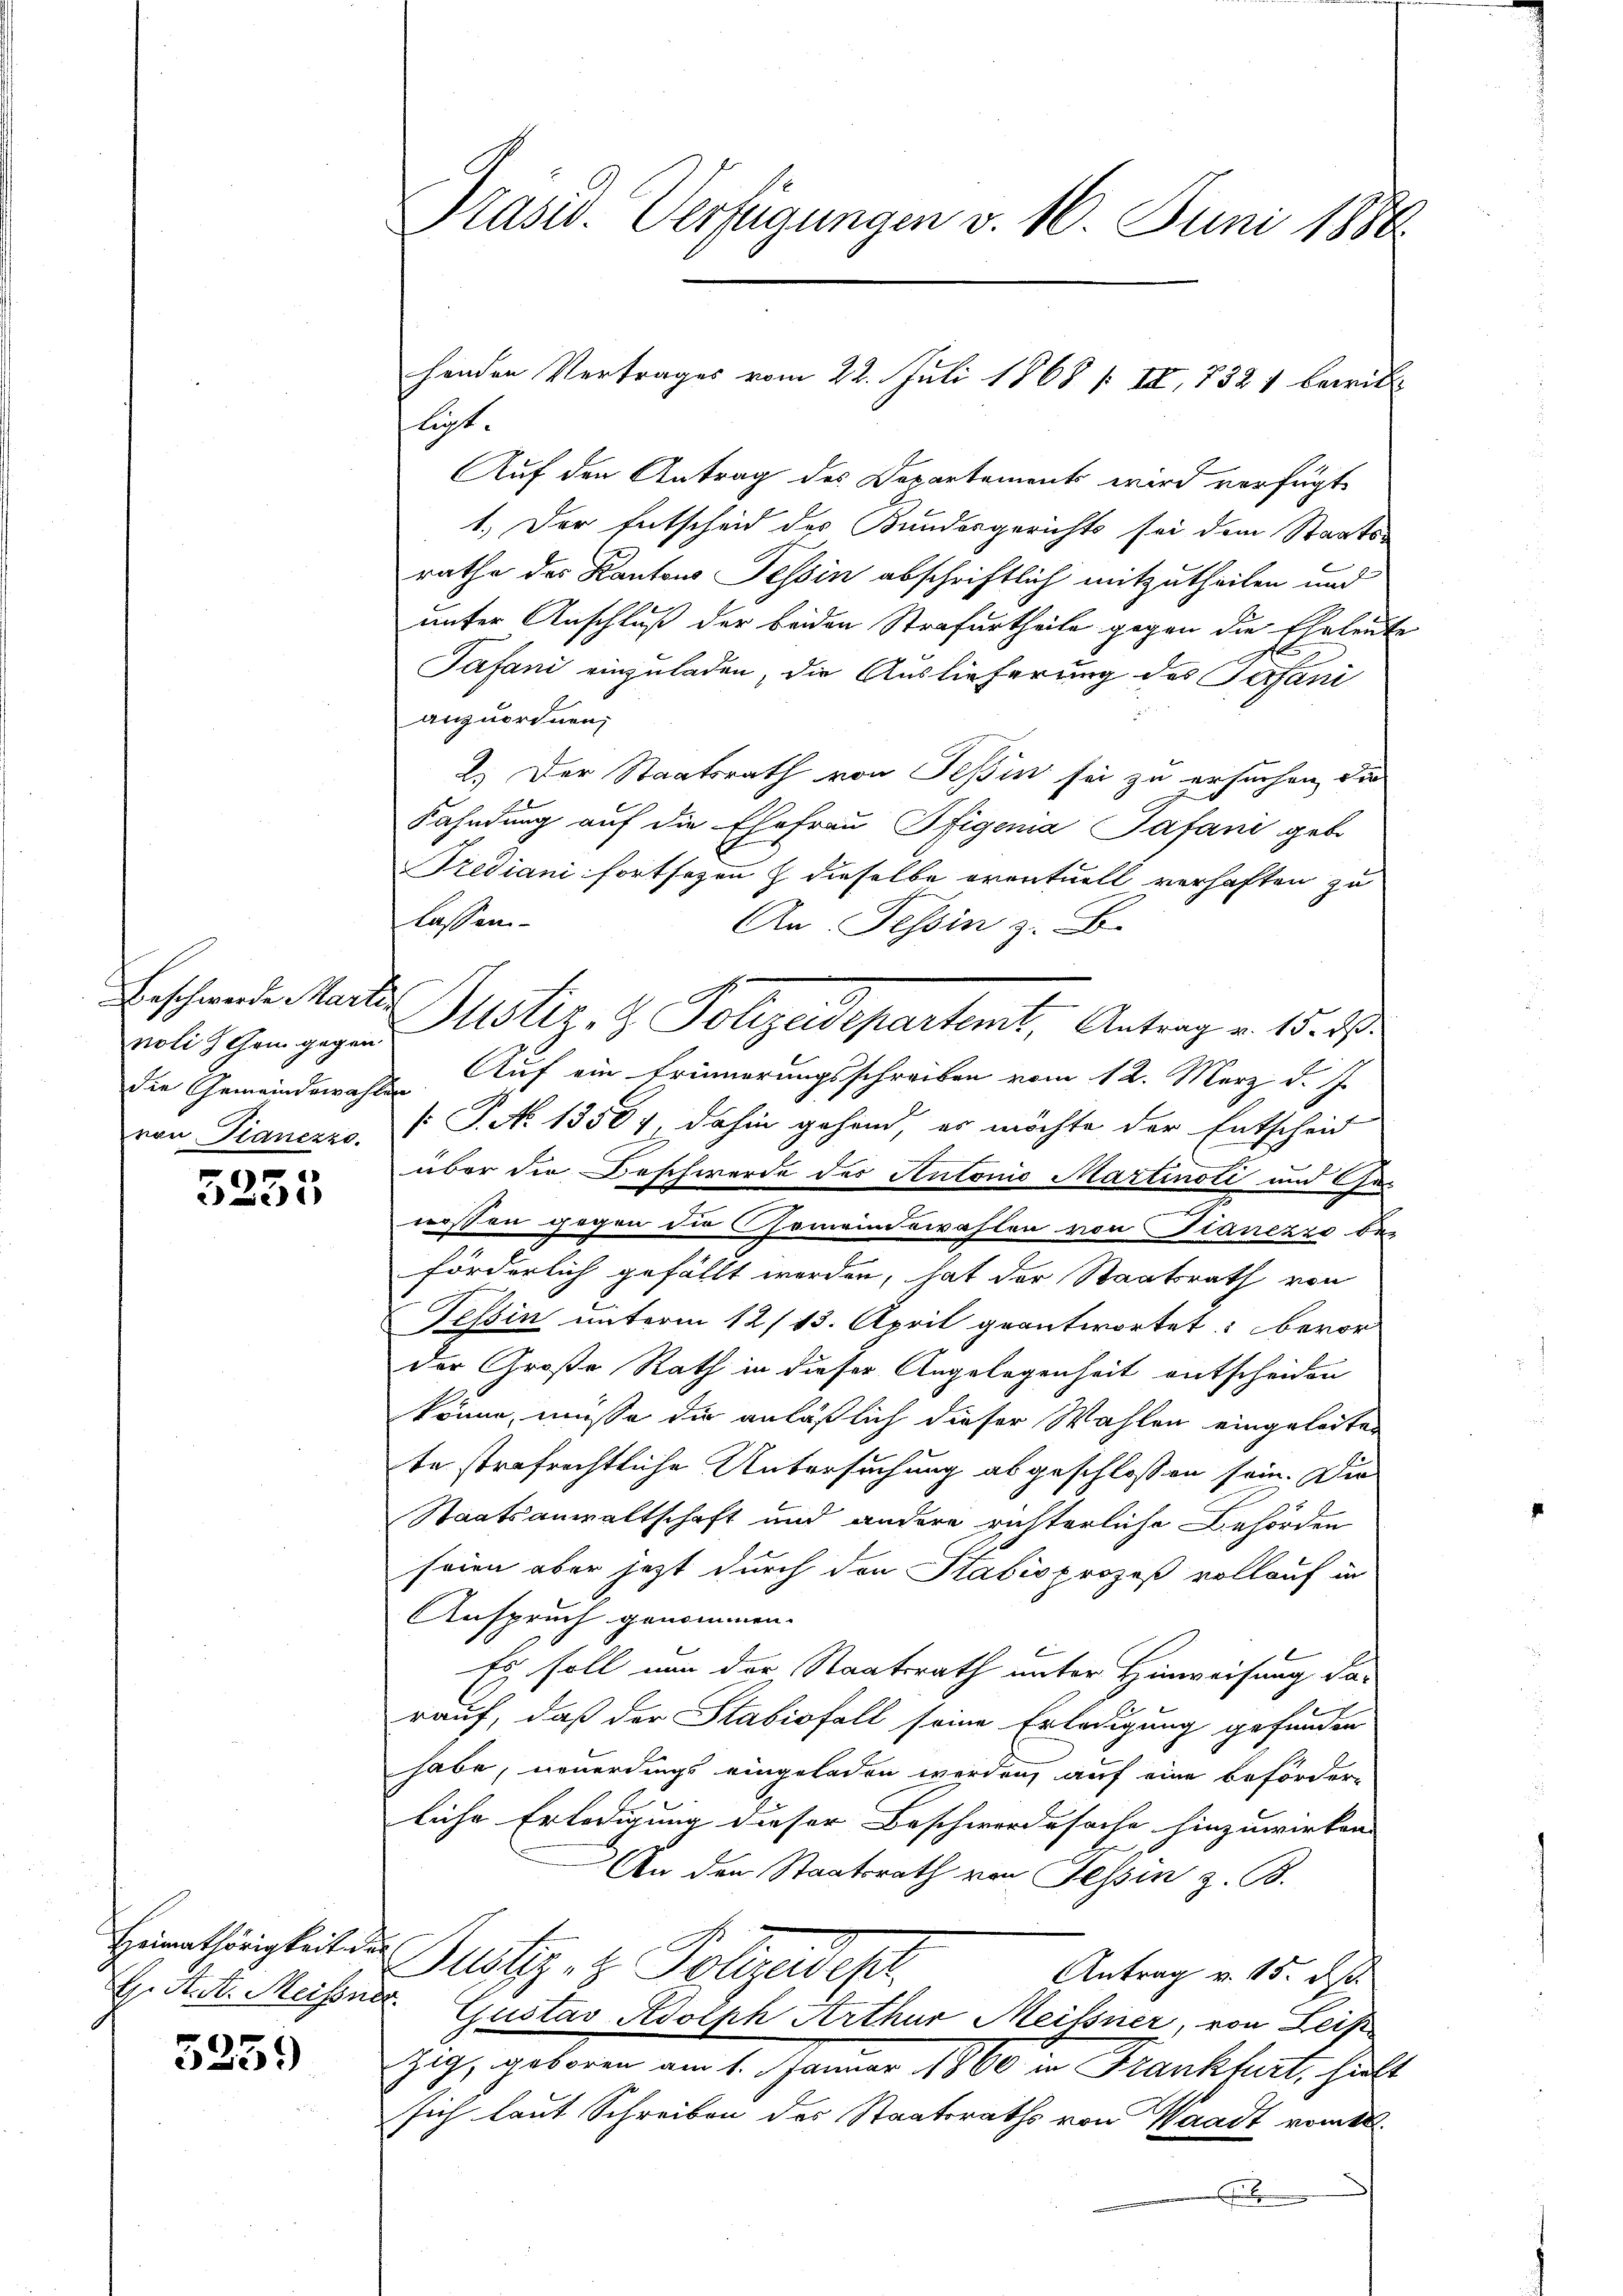
noli chem gegen

r

Heimathörigkeite an
. K. A. Meißner

3259

Präsid. Verfügungen v. 16. Juni 1886.

lucht.
Auf den Antrag des Departements wird verfügt
1.) Der Entscheid des Bundesgerichts sei dem Staats-
rathe des Kantons Tessin abschriftlich mitzutheilen und
unter Anschluß der beiden Strafurtheile gegen die Eheleute
Tafani einzuladen, die Auslieferung des Gefani
anzuordnen;
2.) Der Staatsrath von Teßin sei zu ersuchen, die
Fahndung auf die Ehefrau Pfigenia Safani gebo
Trediani fortsezen & dieselbe eventuell verhaften zu
lassen
An Tessin z. B.
Beschwerde Marter Justiz- & Polizeidepartent, Antrag v. 15. 2
Die Gemeindswahle. Auf ein Erinnerungsschreiben vom 12. März d. J.
von Dianezzo. (T. N. 13587, dahin gehend, es möchte der Entscheid
über die Beschwerde des Antonio Martinoti und Ge-
wessen gegen die Gemeindswahlen von Planezzo be-
förderlich gefällt werden, hat der Staatsrath von
Tessin unterm 12/13. April geantwortet: bevor
der Große Rath in dieser Angelegenheit entscheiden
könne, müsse die anläßlich dieser Wahlen eingeleiten
te strafrechtliche Untersuchung abgeschlossen sein. Die
Staatsanwaltschaft und andere richterliche Behörden
seien aber jetzt durch den Stabio prozeß vollauf in
Anspruch genommen.
Es soll nun der Staatsrath unter Hinweisung da-
rauf, daß der Stabisfall seine Erledigung gefunden
habe, neuerdings eingeladen werden, auf eine beförder-
liche Erledigung dieser Beschwordesache hinzuwirken |
An den Staatsrath von Tessin z. B.
Justiz- & Polizeidesl
Antrag v. 15. ds.
Gustav Adolph Arthur Meißner, von Leis
zig, geboren am 1. Januar 1900 in Frankhart, hielt
sich laut Schreiben des Staatsraths von Waadt vom 22.
F

henden Vertrages vom 22. Juli 1868 / II, 732 1 bewill